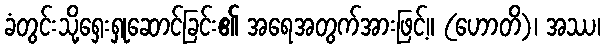
ခံတွင်းသို့ရှေးရှုဆောင်ခြင်း၏ အရေအတွက်အားဖြင့်။ (ဟောတိ)၊ အဿ၊